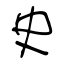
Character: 史